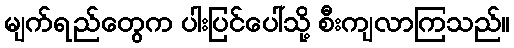
မျက်ရည်တွေက ပါးပြင်ပေါ်သို့ စီးကျလာကြသည်။